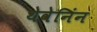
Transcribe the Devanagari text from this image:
थेवेनिंन